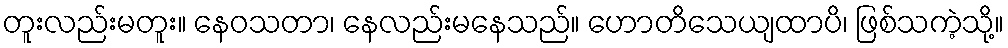
တူးလည်းမတူး။ နေဝသတာ၊ နေလည်းမနေသည်။ ဟောတိသေယျထာပိ၊ ဖြစ်သကဲ့သို့။